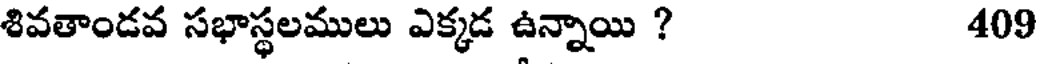
శివతాండవ సభాస్థలములు ఎక్కడ ఉన్నాయి ? 409